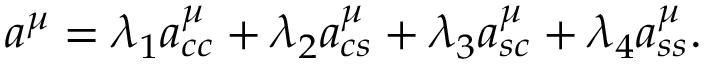
a ^ { \mu } = \lambda _ { 1 } a _ { c c } ^ { \mu } + \lambda _ { 2 } a _ { c s } ^ { \mu } + \lambda _ { 3 } a _ { s c } ^ { \mu } + \lambda _ { 4 } a _ { s s } ^ { \mu } .